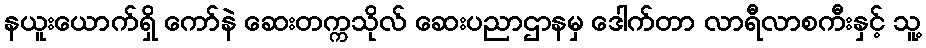
နယူးယောက်ရှိ ကော်နဲ ဆေးတက္ကသိုလ် ဆေးပညာဌာနမှ ဒေါက်တာ လာရီလာစကီးနှင့် သူ့